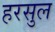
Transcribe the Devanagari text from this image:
हरसुल